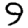
Digit: 9